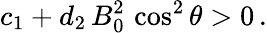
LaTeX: c_{1}+d_{2}\, B_{0}^{2}\, \cos^{2}\theta>0\, .